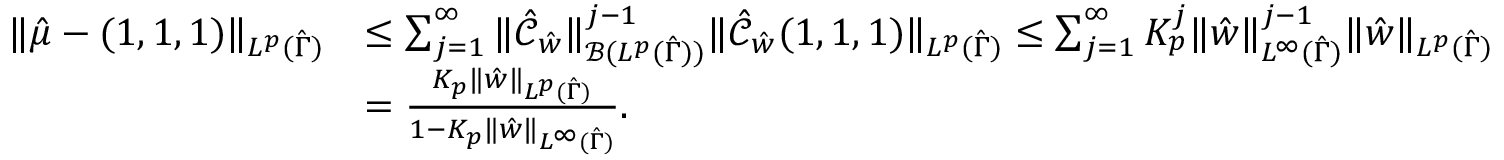
\begin{array} { r l } { \| \hat { \mu } - ( 1 , 1 , 1 ) \| _ { L ^ { p } ( \hat { \Gamma } ) } } & { \leq \sum _ { j = 1 } ^ { \infty } \| \hat { \mathcal { C } } _ { \hat { w } } \| _ { \mathcal { B } ( L ^ { p } ( \hat { \Gamma } ) ) } ^ { j - 1 } \| \hat { \mathcal { C } } _ { \hat { w } } ( 1 , 1 , 1 ) \| _ { L ^ { p } ( \hat { \Gamma } ) } \leq \sum _ { j = 1 } ^ { \infty } K _ { p } ^ { j } \| \hat { w } \| _ { L ^ { \infty } ( \hat { \Gamma } ) } ^ { j - 1 } \| \hat { w } \| _ { L ^ { p } ( \hat { \Gamma } ) } } \\ & { = \frac { K _ { p } \| \hat { w } \| _ { L ^ { p } ( \hat { \Gamma } ) } } { 1 - K _ { p } \| \hat { w } \| _ { L ^ { \infty } ( \hat { \Gamma } ) } } . } \end{array}